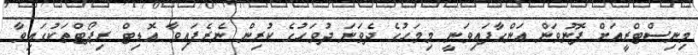
މިނިސްޓްރީއަށް ފޮނުވަން އަންގާފައިވަނީ މިމަހުގެ ދެވަނަ ދުވަހުގެ ކުރިން ނެރެފައިވާ އޮޑިޓް ރިޕޯޓްތަކުގައިވާ